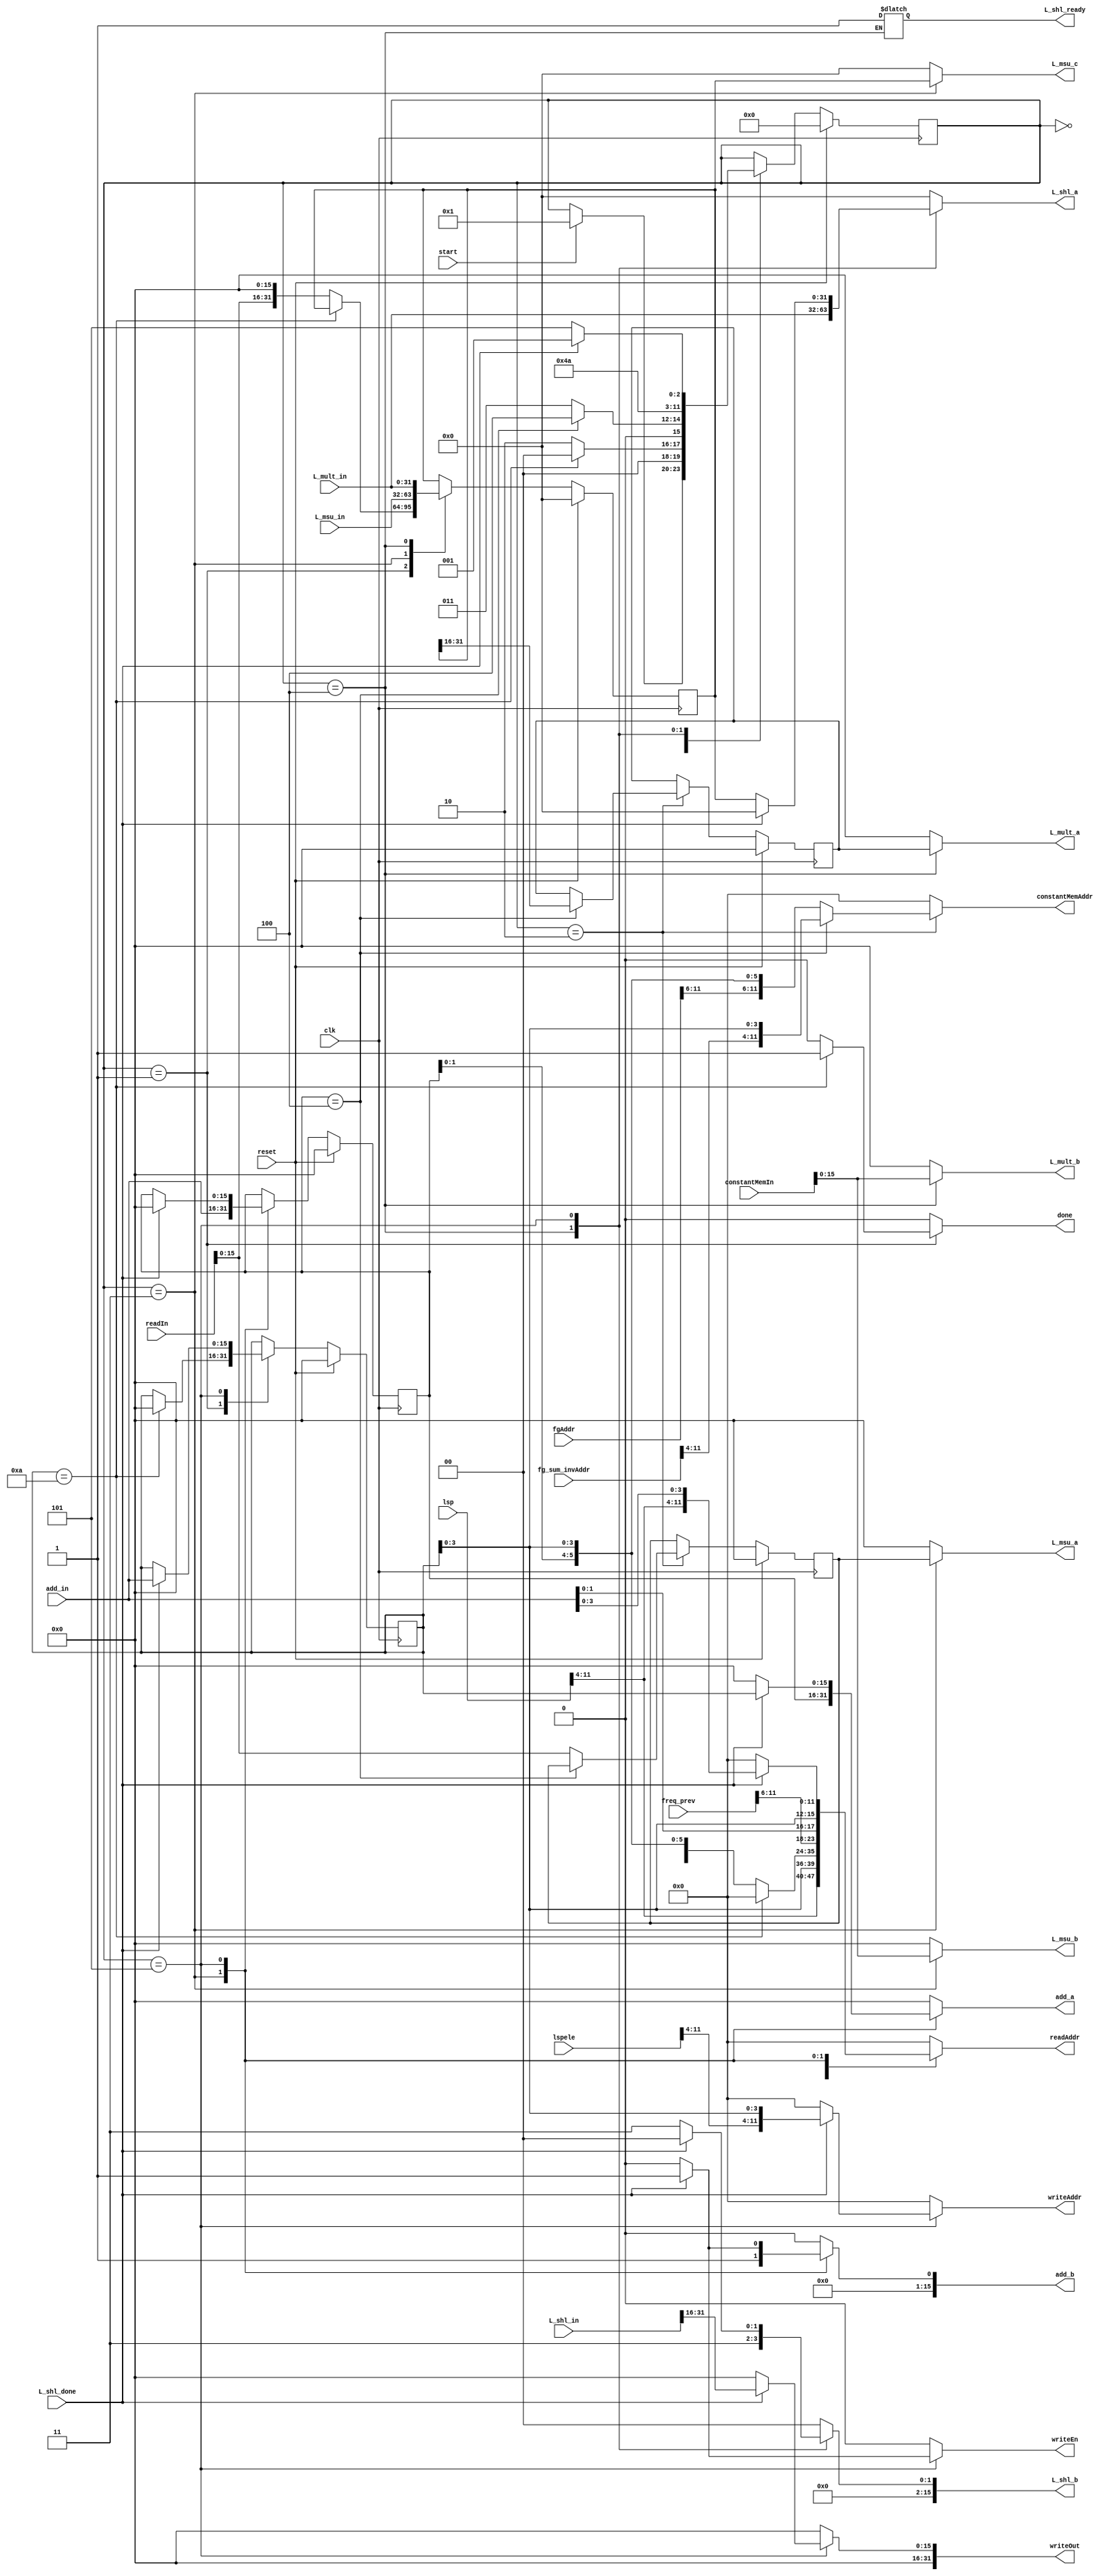
module Lsp_prev_extract(start, clk, done, reset, lspele,freq_prev, lsp, readAddr, readIn,fgAddr,fg_sum_invAddr,
								constantMemIn,constantMemAddr,writeAddr, writeOut, writeEn, L_msu_a, L_msu_b, 
								L_msu_c, L_msu_in, L_mult_a,L_mult_b,L_mult_in, L_shl_a, L_shl_b, L_shl_in, add_a,
								add_b, add_in, L_shl_ready, L_shl_done);
								

	input start;
   input clk;
   input reset;
	input [11:0] lspele;
	input [11:0] freq_prev;
	input [11:0] lsp;
	input [11:0] fgAddr;
	input [11:0] fg_sum_invAddr;
	input [31:0] readIn;
	input [31:0] constantMemIn;
	
	output reg done;
	output reg [11:0] writeAddr;
	output reg [31:0] writeOut;
	output reg writeEn;
	output reg [11:0] readAddr;
	output reg [11:0] constantMemAddr;
	input [31:0] L_mult_in, L_msu_in, L_shl_in;
	input [15:0] add_in;
	input L_shl_done;
	output reg [15:0] L_mult_a, L_mult_b, L_msu_a, L_msu_b, L_shl_b, add_a, add_b;
	output reg [31:0] L_msu_c, L_shl_a;
	output reg L_shl_ready;
	
	parameter INIT = 0;
	parameter S1 = 1;
	parameter S2 = 2;
	parameter S3 = 3;
	parameter S4 = 4;
	parameter S5 = 5;
	parameter S6 = 6;

	wire [11:0] lspele;	
	wire [11:0] freq_prev;
	wire [11:0] lsp;
	reg [15:0] temp_freq_prev, next_temp_freq_prev;
	reg [31:0] L_temp, next_L_temp;
	reg [15:0] temp, next_temp;
	reg [3:0] state, nextstate;
	reg [15:0] j, nextj, k, nextk;
	
	/*wire [11:0] fg;
	wire [11:0] fg_sum_inv;
	assign fg = 12'd384;
	assign fg_sum_inv = 12'd304;*/
	
	always @(posedge clk)
		begin
			if(reset)
				j <= 0;
			else
				j <= nextj;
		end

	always @(posedge clk)
		begin
			if(reset)
				k <= 0;
			else
				k <= nextk;
		end

	always @(posedge clk)
		begin
			if (reset)
				 state <= INIT;
			else
				 state <= nextstate;
		 end

	always @(posedge clk)
		begin
			if (reset)
				 L_temp <= 0;
			else
				 L_temp <= next_L_temp;
		 end
		 
	always @(posedge clk)
		begin
			if (reset)
				 temp <= 0;
			else
				 temp <= next_temp;
		 end

	always @(posedge clk)
		begin
			if (reset)
				 temp_freq_prev <= 0;
			else
				 temp_freq_prev <= next_temp_freq_prev;
		 end

	always @(*)
		begin
			nextstate = state;
			writeAddr = 0;
			writeOut = 0;
			writeEn = 0;
			readAddr = 0;
			constantMemAddr = 0;
			done = 0;
			nextj = j;
			nextk = k;
			next_L_temp = L_temp;
			next_temp = temp;
			next_temp_freq_prev = temp_freq_prev;
			L_mult_a = 0;
			L_mult_b = 0;
			L_msu_a = 0;
			L_msu_b = 0;
			L_msu_c = 0;
			L_shl_a = 0;
			L_shl_b = 0;
			add_a = 0;
			add_b = 0;
			
			case(state)
				INIT:
					begin
						readAddr = {lsp[11:4], j[3:0]};									//read in lsp[j]
						
						if(start)
							nextstate = S1;
					end
					
				S1:	//start of j loop
					begin
						if(j == 10)
							begin
								nextj = 0;
								done = 1;
								nextstate = INIT;
							end
							
						else
							begin
								next_L_temp = {readIn[15:0], 16'b0};					//L_temp = L_deposit_h(lsp[j]);
								readAddr = {freq_prev[11:6],k[1:0],j[3:0]};		//read in freq_prev[k][j]
								nextstate = S2;
							end
					end
								
				S2:	//start of k loop
					begin
						if(k == 4)
							begin
								next_temp = L_temp[31:16];									//temp = extract_h(L_temp);
								constantMemAddr = {fg_sum_invAddr[11:4], j[3:0]};					//read in fg_sum_inv[j]
								nextstate = S4;
							end
						
						else
							begin
								next_temp_freq_prev = readIn[15:0];						
								constantMemAddr = {fgAddr[11:6],k[1:0],j[3:0]};					//read in fg[k][j]
								nextstate = S3;
							end
					end
				
				S3:
					begin
						readAddr = {freq_prev[11:6], add_in[1:0], j[3:0]};
						L_msu_a = temp_freq_prev;
						L_msu_b = constantMemIn[15:0];
						L_msu_c = L_temp;
						next_L_temp = L_msu_in;												//L_temp = L_msu(L_temp, freq_prev[j][k], fg[j][k]);
						add_a = k;
						add_b = 1'd1;
						nextk = add_in;														//k++
						nextstate = S2;
					end
					
				S4:
					begin
						L_mult_a = temp;
						L_mult_b = constantMemIn[15:0];
						next_L_temp = L_mult_in;											//L_temp = L_mult(temp, fg_sum_inv[j]);
						L_shl_ready = 1;
						L_shl_a = L_mult_in;
						L_shl_b = 'd3;
						nextstate = S5;
					end
					
				S5:
					begin
						if(L_shl_done)
							begin
								writeAddr = {lspele[11:4], j[3:0]};
								writeOut  = L_shl_in[31:16];										//lsp_ele[j] = extract_h(L_shl(L_temp,3));
								writeEn = 1;						
								readAddr = {lsp[11:4], add_in[3:0]};							//read in lsp[j]
								add_a = j;
								add_b = 1'd1;
								nextj = add_in;														//j++
								nextk = 0;
								nextstate = S1;
							end
							
						else
							begin
								L_shl_a = L_temp;
								L_shl_b = 'd3;
								nextstate = S5;
							end
					end
					
			endcase
			
		end

endmodule